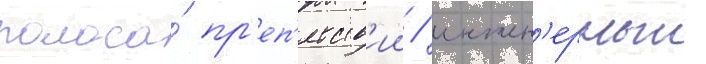
полоса́ пр'еп'ятств'ии / инжен'ерныи